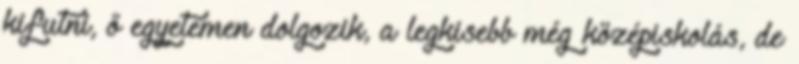
kifutni, ő egyetemen dolgozik, a legkisebb még középiskolás, de